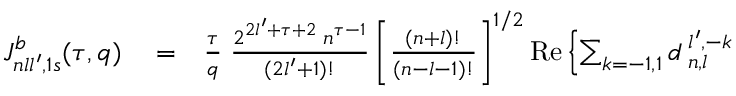
\begin{array} { r l r } { { \cal J } _ { n l l ^ { \prime } , 1 s } ^ { b } ( \tau , q ) } & { { } = } & { \frac { \tau } { q } \; \frac { 2 ^ { 2 l ^ { \prime } + \tau + 2 } \; n ^ { \tau - 1 } } { ( 2 l ^ { \prime } + 1 ) ! } \left[ \frac { ( n + l ) ! } { ( n - l - 1 ) ! } \right] ^ { 1 / 2 } \mathrm { R e } \left\{ \sum _ { k = - 1 , 1 } d _ { \; n , l } ^ { \; l ^ { \prime } , - k } \right. } \end{array}